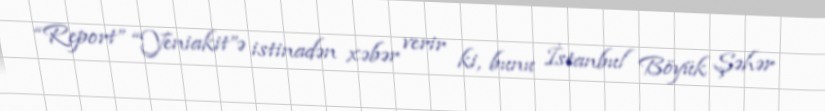
“Report” “Yeniakit”ə istinadən xəbər verir ki, bunu İstanbul Böyük Şəhər